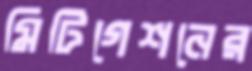
মিটিগেশনের